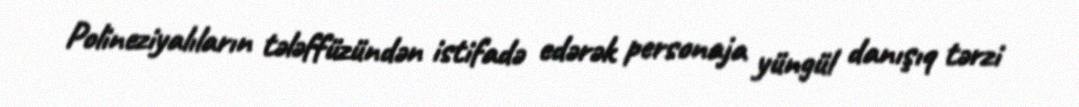
Polineziyalıların tələffüzündən istifadə edərək personaja yüngül danışıq tərzi